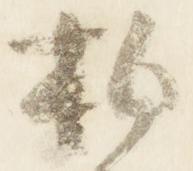
拍